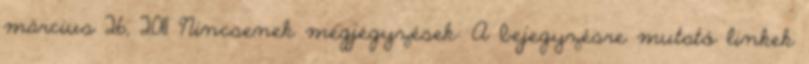
március 26, 2011 Nincsenek megjegyzések: A bejegyzésre mutató linkek